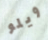
ويلو